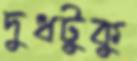
দুধটুকু